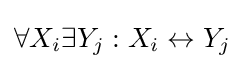
\forall X_{i}\exists Y_{j}:X_{i}\leftrightarrow Y_{j}